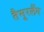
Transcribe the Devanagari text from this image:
तैमूरलैंग